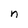
Character: n